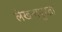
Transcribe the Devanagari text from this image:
लेखनापुरता